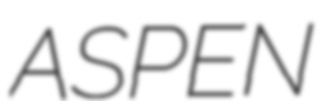
ASPEN